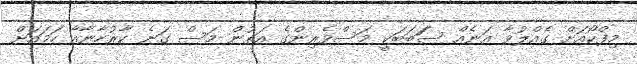
މިފްކޯއަށް ގެއްލުވާ އަނެއް ސަަބަބަކީ މަސްވެރިންގެ އަތުން މަސް ގަނެ ކާރުހާނާއާ ހަމައަށް